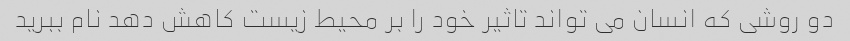
دو روشی که انسان می تواند تاثیر خود را بر محیط زیست کاهش دهد نام ببرید